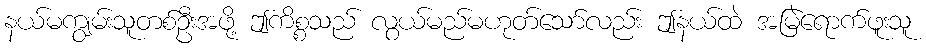
နယ်မကျွမ်းသူတစ်ဦးအဖို့ ဤကိစ္စသည် လွယ်မည်မဟုတ်သော်လည်း ဤနယ်ထဲ အမြဲရောက်ဖူးသူ